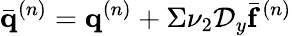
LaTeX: \bar{\mathbf{q}}^{(n)}=\mathbf{q}^{(n)}+\Sigma\nu_{2}\mathcal{D}_{y}\bar{\mathbf{f}}^{(n)}